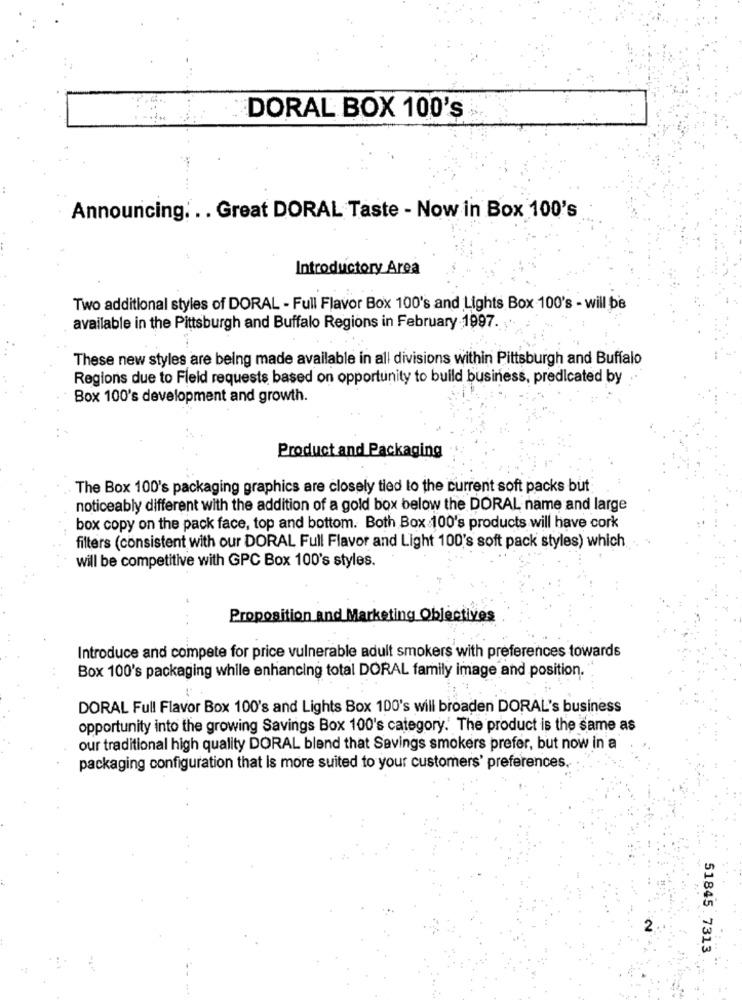
DORAL BOX 100's
Announcing. .. Great DORAL Taste - Now in Box 100's
Introductory Area
Two additional styles of DORAL - Full Flavor Box 100's and Lights Box 100's - will be
available in the Pittsburgh and Buffalo Regions in February 1997.
These new styles are being made available in all divisions within Pittsburgh and Buffalo
Regions due to Fleld requests based on opportunity to build business, predicated by
Box 100's development and growth.
Product and Packaging
The Box 100's packaging graphics are closely tied to the current soft packs but
noticeably different with the addition of a gold box below the DORAL name and large
box copy on the pack face, top and bottom. Both Box 100's products will have cork
filters (consistent with our DORAL Full Flavor and Light 100's soft pack styles) which
will be competitive with GPC Box 100's styles.
Proposition and Marketing Objectives
Introduce and compete for price vulnerable adult smokers with preferences towards
Box 100's packaging while enhancing total DORAL family image and position.
DORAL Full Flavor Box 100's and Lights Box 100's will broaden DORAL's business
opportunity into the growing Savings Box 100's category.' The product is the same as
our traditional high quality DORAL blend that Savings smokers prefer, but now in a
packaging configuration that is more suited to your customers' preferences.
2
51845. 7313